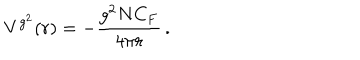
V ^ { g ^ { 2 } } ( r ) = - \frac { g ^ { 2 } N C _ { F } } { 4 \pi r } \, .